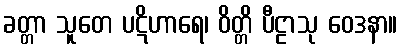
ခတ္တာ သူတေ ပဋိဟာရေ၊ ဝိတ္တိ ပီဠာသု ဝေဒနာ။